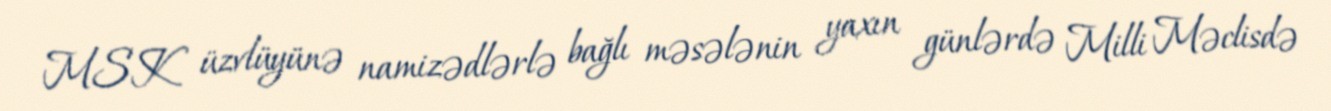
MSK üzvlüyünə namizədlərlə bağlı məsələnin yaxın günlərdə Milli Məclisdə